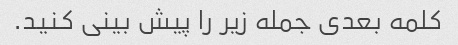
کلمه بعدی جمله زیر را پیش بینی کنید.